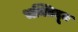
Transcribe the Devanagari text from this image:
भक्तिदूत